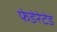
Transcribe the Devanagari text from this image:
फेडेरेटेड